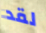
لقد